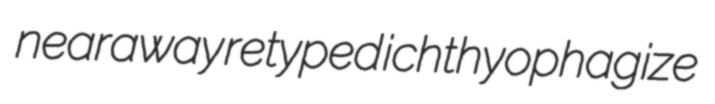
nearaway retyped ichthyophagize